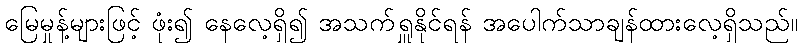
မြေမှုန့်များဖြင့် ဖုံး၍ နေလေ့ရှိ၍ အသက်ရှူနိုင်ရန် အပေါက်သာချန်ထားလေ့ရှိသည်။